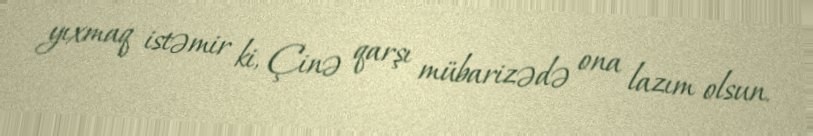
yıxmaq istəmir ki, Çinə qarşı mübarizədə ona lazım olsun.